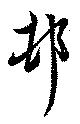
邨